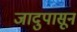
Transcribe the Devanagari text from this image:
जादुपासून